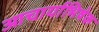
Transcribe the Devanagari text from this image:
आचार्याभिषेक